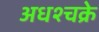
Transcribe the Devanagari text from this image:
अधश्चक्रे